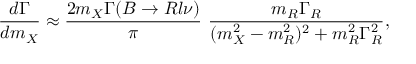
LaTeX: { \frac { d \Gamma } { d m _ { X } } } \approx { \frac { 2 m _ { X } \Gamma ( B \rightarrow R l \nu ) } { \pi } } ~ { \frac { m _ { R } \Gamma _ { R } } { ( m _ { X } ^ { 2 } - m _ { R } ^ { 2 } ) ^ { 2 } + m _ { R } ^ { 2 } \Gamma _ { R } ^ { 2 } } } ,